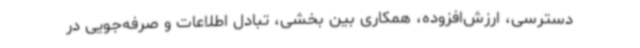
دسترسی، ارزش‌افزوده، همکاری بین بخشی، تبادل اطلاعات و صرفه‌جویی در